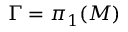
\Gamma = \pi _ { 1 } ( M )